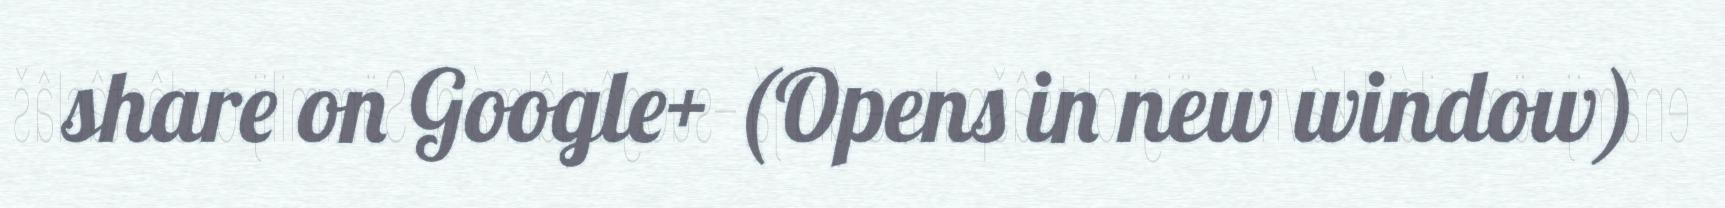
share on Google+ (Opens in new window)